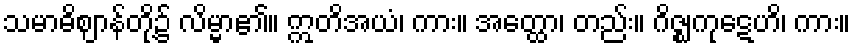
သမာဓိဈာန်တို့၌ လိမ္မာ၏။ ဣတိအယံ၊ ကား။ အတ္ထော၊ တည်း။ ဂိဇ္ဈကုဋေဟိ၊ ကား။